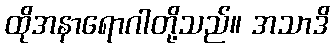
ထိုအနာရောဂါတို့သည်။ အသာဒိ